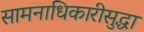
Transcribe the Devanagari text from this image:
सामनाधिकारीसुद्धा